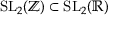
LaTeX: \mathrm { S L } _ { 2 } ( \mathbb { Z } ) \subset \mathrm { S L } _ { 2 } ( \mathbb { R } )